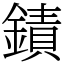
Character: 䥊